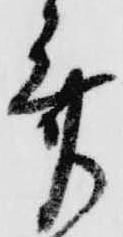
斎